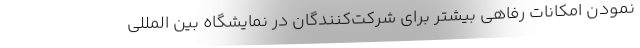
نمودن امکانات رفاهی بیشتر برای شرکت‌کنندگان در نمایشگاه بین المللی